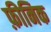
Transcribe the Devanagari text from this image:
फ़ीनिक